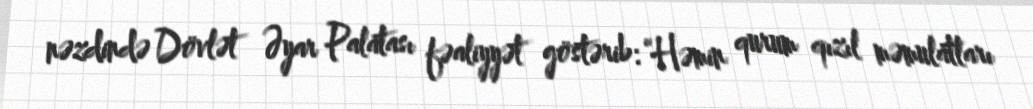
nəzdində Dövlət Əyar Palatası fəaliyyət göstərib: “Həmin qurum qızıl məmulatları